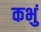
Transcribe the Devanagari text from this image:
कभुं